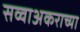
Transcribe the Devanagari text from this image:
सव्वाअकराच्या